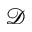
\mathcal { D }